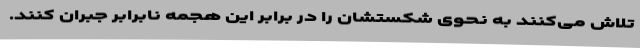
تلاش می‌کنند به نحوی شکستشان را در برابر این هجمه نابرابر جبران کنند.